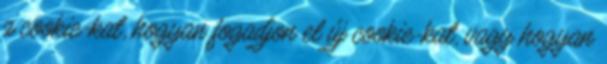
a cookie-kat, hogyan fogadjon el új cookie-kat, vagy hogyan